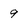
Character: 9